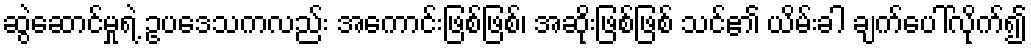
ဆွဲဆောင်မှုရဲ့ ဥပဒေသကလည်း အကောင်းဖြစ်ဖြစ်၊ အဆိုးဖြစ်ဖြစ် သင်၏ ယိမ်းခါ ချက်ပေါ်လိုက်၍